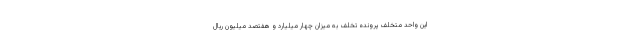
این واحد متخلف پرونده تخلف به میزان چهار میلیارد و هفتصد میلیون ریال